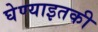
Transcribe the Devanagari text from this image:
घेण्याइतकी